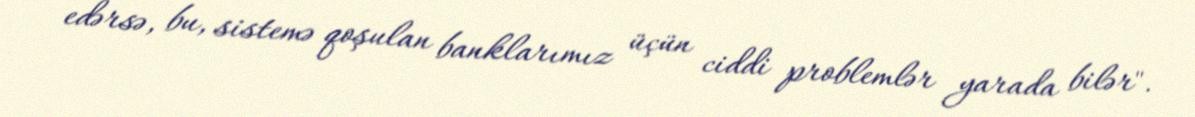
edərsə, bu, sistemə qoşulan banklarımız üçün ciddi problemlər yarada bilər".